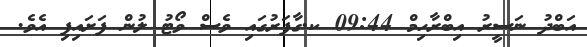
އަބްދު ނަސީރު އިބްރާހިމް 09:44 ކ.ގާފަރުގައި ވެސް ވޯޓު ލުން ފަށައިފި އެވެ.